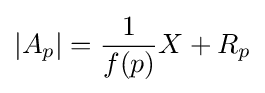
\left\vert A_{p}\right\vert ={\frac {1}{f(p)}}X+R_{p}